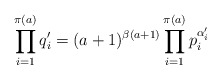
\begin{align*} \prod_{i = 1}^{\pi(a)} q_i' = (a + 1)^{\beta(a + 1)}\prod_{i = 1}^{\pi(a)}p_i^{\alpha_i'} \end{align*}